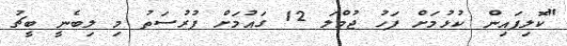
"ކޮލިފައިން ކުޅުމަށް ފަހު ޖުމްލަ 12 ގައުމަށް ފުރުސަތު މި ލިބެނީ ބީޗު